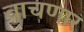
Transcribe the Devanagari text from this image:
वाचणार